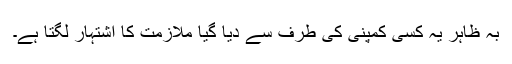
بہ ظاہر یہ کسی کمپنی کی طرف سے دیا گیا ملازمت کا اشتہار لگتا ہے۔